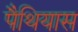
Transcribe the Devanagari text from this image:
पैथियास